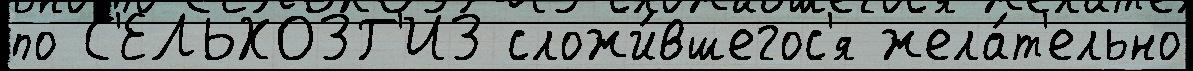
по С'ЕЛЬХОЗГ'ИЗ сложи́вшегос'я жела́т'ельно